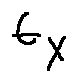
t _ { X }